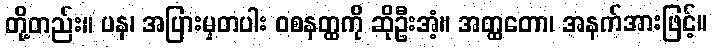
တို့တည်း။ ပန၊ အပြားမှတပါး ဝစနတ္ထကို ဆိုဦးအံ့။ အတ္ထတော၊ အနက်အားဖြင့်။